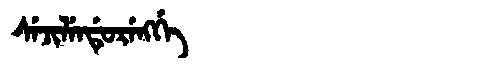
Manchu: ᠰᡝᠵᡳᠯᡝᠨᡩᡠᡵᡝᠩᡤᡝ
Romanization: SEJILENDURENGGE